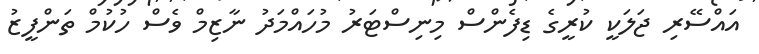
އައްސޭރި ޖަލަކީ ކުރީގެ ޑިފެންސް މިނިސްޓަރު މުހައްމަދު ނާޒިމް ވެސް ހުކުމް ތަންފީޒު